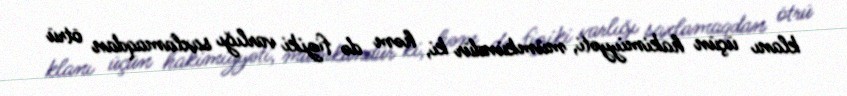
klanı üçün hakimiyyəti, mümkündür ki, həm də fiziki varlığı saxlamaqdan ötrü